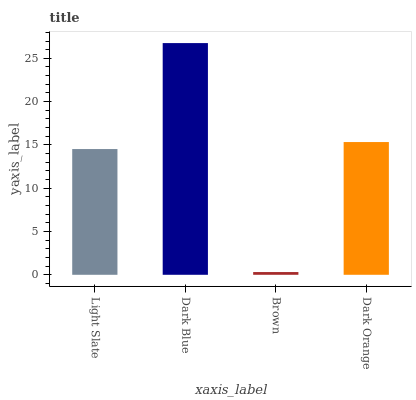
| xaxis_label | bars |
 | --- | --- |
 | Light Slate | 14.5 |
 | Dark Blue | 26.8 |
 | Brown | 0.317 |
 | Dark Orange | 15.3 |